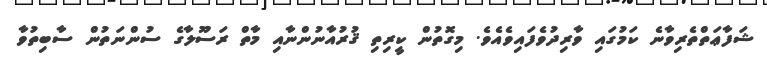
ޝަފާޢަތްތެރިވާނެ ކަމުގައި ވާރިދުވެފައިވެއެވެ. މިގޮތުން ކީރިތި ޤުރުއާނުންނާއި މާތް ރަސޫލާގެ ސުންނަތުން ސާބިތުވާ